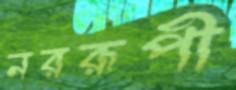
নররূপী